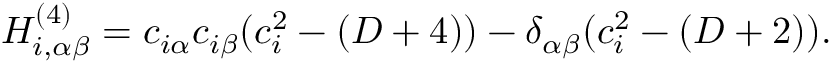
\begin{array} { r } { H _ { i , \alpha \beta } ^ { ( 4 ) } = c _ { i \alpha } c _ { i \beta } ( c _ { i } ^ { 2 } - ( D + 4 ) ) - \delta _ { \alpha \beta } ( c _ { i } ^ { 2 } - ( D + 2 ) ) . } \end{array}